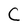
Character: C